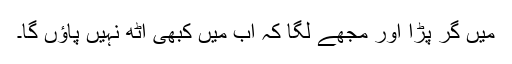
میں گر پڑا اور مجھے لگا کہ اب میں کبھی اٹھ نہیں پاؤں گا۔